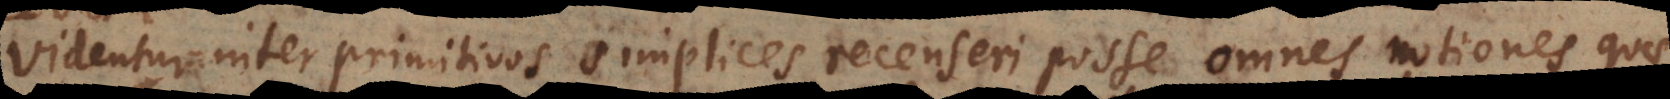
Videntur inter primitivos simplices recenseri posse omnes notiones qua